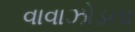
વાવાઝોડના